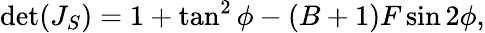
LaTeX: \operatorname*{det}(J_{S})=1+\tan^{2}{\phi}-(B+1)F\sin{2\phi},